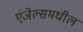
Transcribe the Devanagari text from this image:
एंजेल्समधील